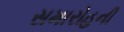
સમારોહની